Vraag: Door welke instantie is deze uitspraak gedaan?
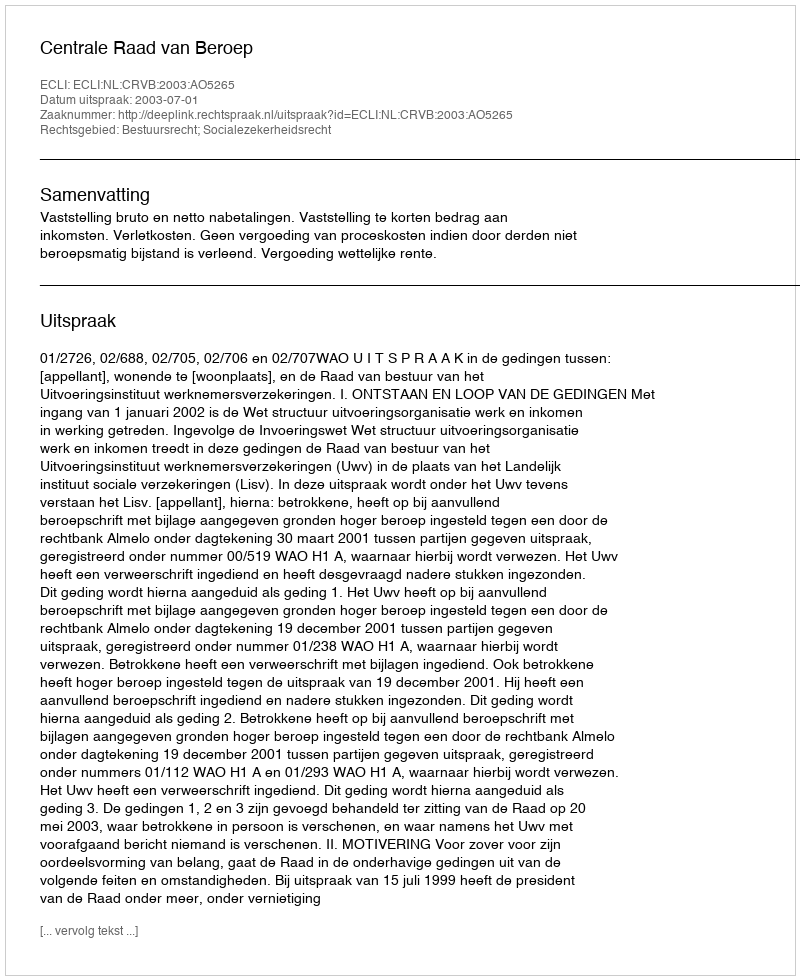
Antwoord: Centrale Raad van Beroep